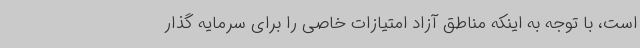
است، با توجه به اینکه مناطق آزاد امتیازات خاصی را برای سرمایه گذار